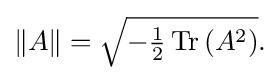
{\textstyle \|A\|={\sqrt {-{\frac {1}{2}}\operatorname {Tr} \left(A^{2}\right)}}.}